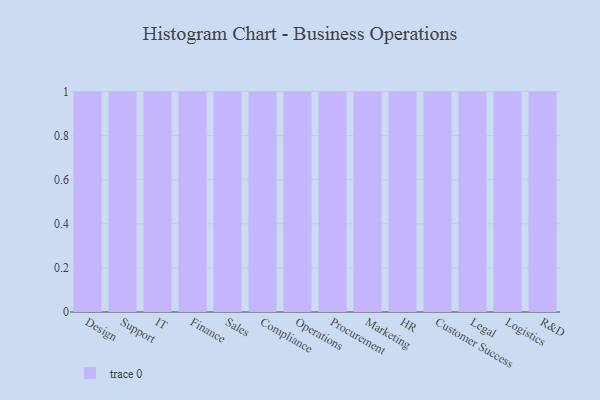
{"axis": {"x": "Department", "y": "Gross Profit (USD K)"}, "legend": [""], "data": [{"x": "Design", "y": 89, "type": ""}, {"x": "Support", "y": 49, "type": ""}, {"x": "IT", "y": 97, "type": ""}, {"x": "Finance", "y": 87, "type": ""}, {"x": "Sales", "y": 20, "type": ""}, {"x": "Compliance", "y": 6, "type": ""}, {"x": "Operations", "y": 62, "type": ""}, {"x": "Procurement", "y": 80, "type": ""}, {"x": "Marketing", "y": 76, "type": ""}, {"x": "HR", "y": 17, "type": ""}, {"x": "Customer Success", "y": 80, "type": ""}, {"x": "Legal", "y": 23, "type": ""}, {"x": "Logistics", "y": 72, "type": ""}, {"x": "R&D", "y": 76, "type": ""}]}